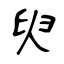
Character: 臾